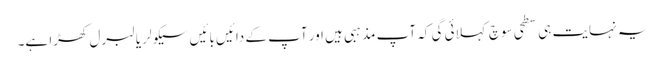
یہ نہایت ہی سطحی سوچ کہلائی گی کہ آپ مذہبی ہیں اور آپ کے دائیں بائیں سیکولر یا لبرل کھڑا ہے۔